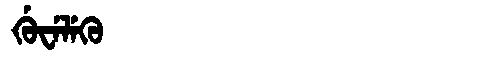
Manchu: ᡤᡠᠸᡝᠯᡝᡴᡠ
Romanization: GUWELEKU